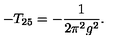
- T _ { 2 5 } = - \frac { 1 } { 2 \pi ^ { 2 } g ^ { 2 } } .